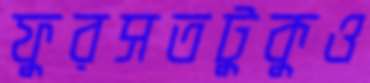
ফুরসতটুকুও